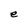
Character: e